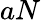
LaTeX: aN